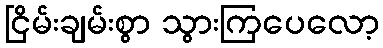
ငြိမ်းချမ်းစွာ သွားကြပေလော့